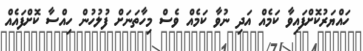
ހައްޔަރުކޮށްފައިވާ ކަމެއް އަދި ނުވާ ކަމެއް ވެސް މިހާތަނަށް ފުލުހުން ހިއްސާ ކޮށްފައެއް